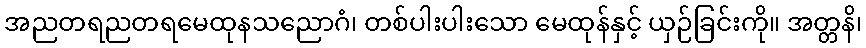
အညတရညတရမေထုနသညောဂံ၊ တစ်ပါးပါးသော မေထုန်နှင့် ယှဉ်ခြင်းကို။ အတ္တနိ၊